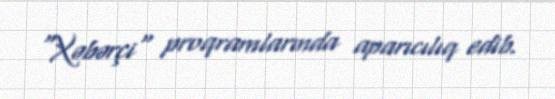
"Xəbərçi" proqramlarında aparıcılıq edib.